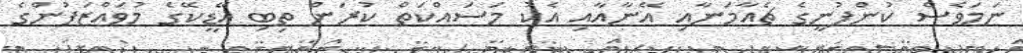
ނަމަވެސް ކުންފުނީގެ ޗެއާމަނާއި އޭނާއާއި އެކު މަސައްކަތް ކުރަން ތިބި އޭޑީކޭގެ މުވައްޒަފުންގެ